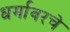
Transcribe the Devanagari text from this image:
धर्मावरचे